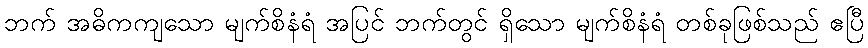
ဘက် အဓိကကျသော မျက်စိနံရံ အပြင် ဘက်တွင် ရှိသော မျက်စိနံရံ တစ်ခုဖြစ်သည် ဧပြီ